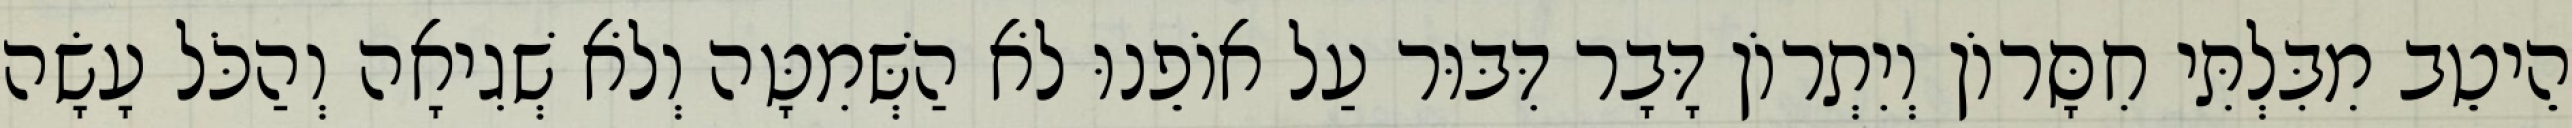
הֵיטֵב מִבִּלְתִּי חִסָּרוֹן וְיִתְרוֹן דָּבָר דִּבּוּר עַל אוֹפֵנוּ לֹא הַשְּׁמִטָּה וְלֹא שְׁגִיאָה וְהַכֹּל עָשָׂה